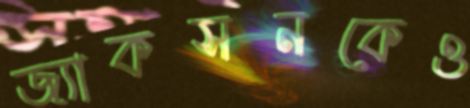
জ্যাকসনকেও